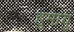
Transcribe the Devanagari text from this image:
हुमायु